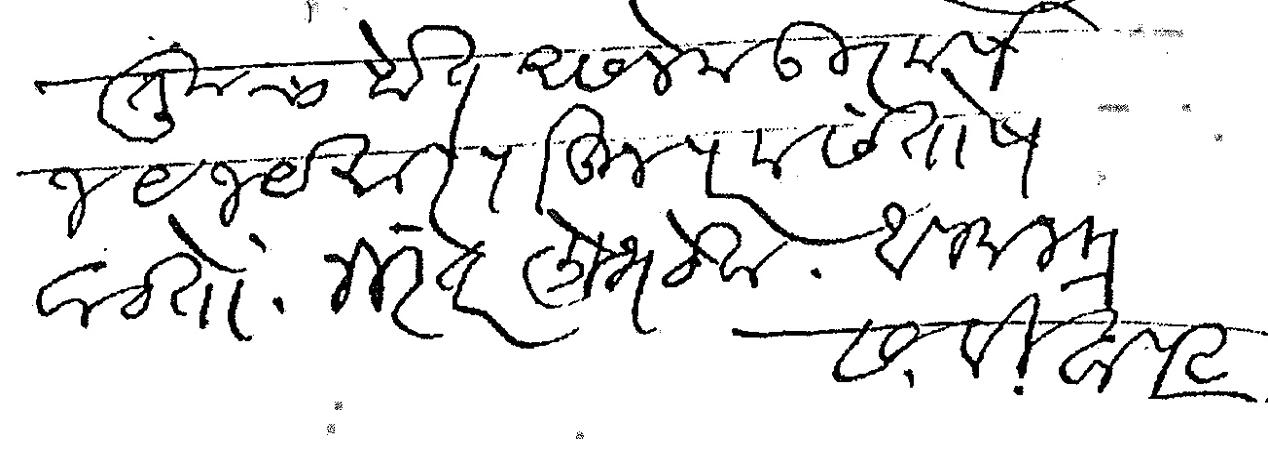
Transliteration (Devanagari): तुमचा होत असलेला उत्कर्ष जयजयकार पाहून परम संतोष वाटतो निरंतर लोभ ठेवा आपला मित्र स वि बापट